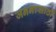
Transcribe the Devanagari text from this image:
जननासाठी